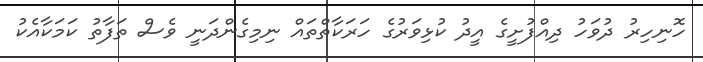
ހޮނިހިރު ދުވަހު ދިއްފުށީގެ އީދު ކުޅިވަރުގެ ހަރަކާތްތައް ނިމިގެންދަނީ ވެސް ތަފާތު ކަމަކާއެކު